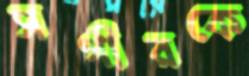
সগীরকে